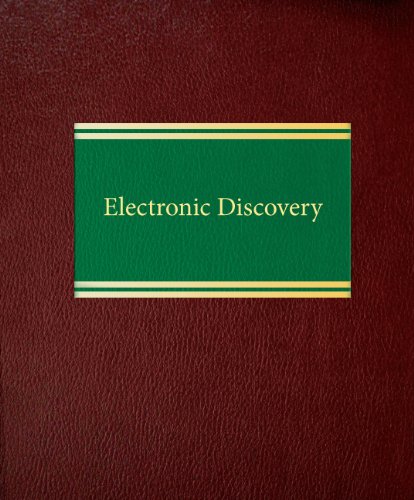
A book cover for Electronic Discovery (Internet and Technology Series); Brent Kidwell; Law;